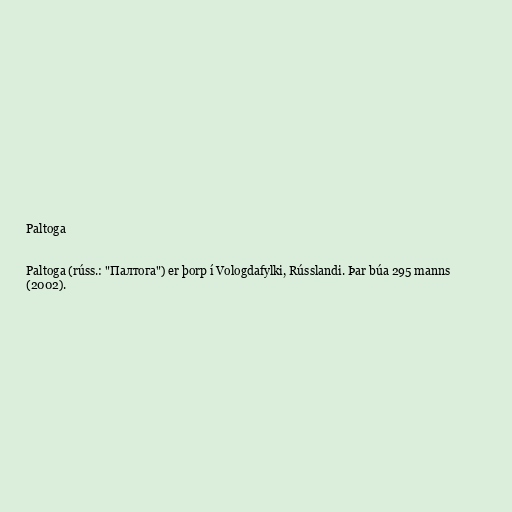
Paltoga

Paltoga (rúss.: "Палтога") er þorp í Vologdafylki, Rússlandi. Þar búa 295 manns
(2002).